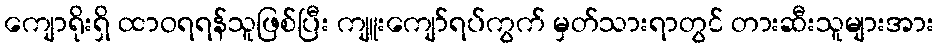
ကျောရိုးရှိ ထာဝရရန်သူဖြစ်ပြီး ကျူးကျော်ရပ်ကွက် မှတ်သားရာတွင် တားဆီးသူများအား